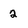
Character: 2